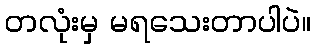
တလုံးမှ မရသေးတာပါပဲ။